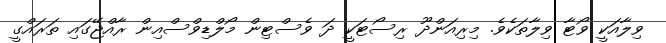
ވިލާއަކީ ވޯޓާ ވިލާތަކެވެ. މިރިއަންދޫ ރިސޯޓަކީ ދަ ވެސްޓިން މޯލްޑިވްސްއިން ރާއްޖޭގައި ތަރައްގީ